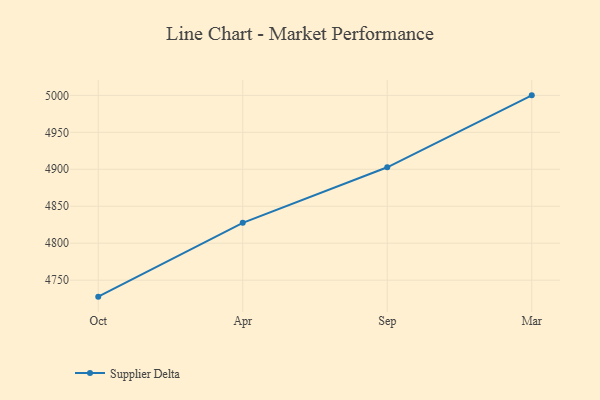
{"axis": {"x": "Month", "y": "Headcount"}, "legend": ["Supplier Delta"], "data": [{"x": "Oct", "y": 4727.7, "type": "Supplier Delta"}, {"x": "Apr", "y": 4827.5, "type": "Supplier Delta"}, {"x": "Sep", "y": 4902.7, "type": "Supplier Delta"}, {"x": "Mar", "y": 5000, "type": "Supplier Delta"}]}